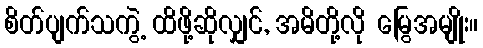
စိတ်ပျက်သကွဲ့ ထိဖို့ဆိုလျှင်, အမိတို့လို မြွေအမျိုး။